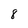
Character: 8